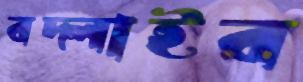
বদ্‌লাইব